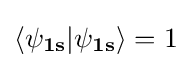
\mathbf {\langle \psi _{1s}|\psi _{1s}\rangle } =1